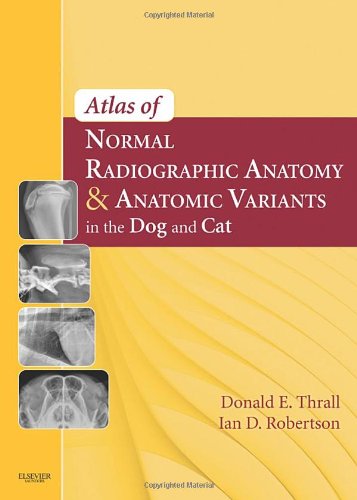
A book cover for Atlas of Normal Radiographic Anatomy and Anatomic Variants in the Dog and Cat, 1e; Donald E. Thrall DVM  PhD  DACVR; Medical Books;